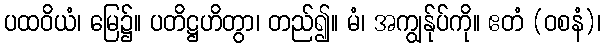
ပထဝိယံ၊ မြေ၌။ ပတိဋ္ဌဟိတွာ၊ တည်၍။ မံ၊ အကျွန်ုပ်ကို။ ဧတံ (ဝစနံ)၊